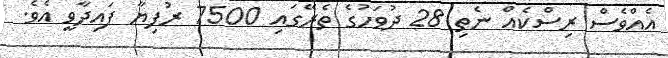
އެއްވެސް ރިސްކެއް ނެތި 28 ދުވަހުގެ ތެރޭގައި 7500 ރުފިޔާ ފައިދާވީ އެވެ.